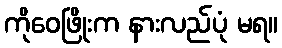
ကိုဝေဖြိုးက နားလည်ပုံ မရ။